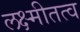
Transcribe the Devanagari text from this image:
लक्ष्मीतत्व